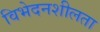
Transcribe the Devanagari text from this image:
विभेदनशीलता